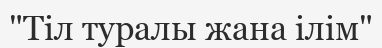
"Тіл туралы жана ілім"